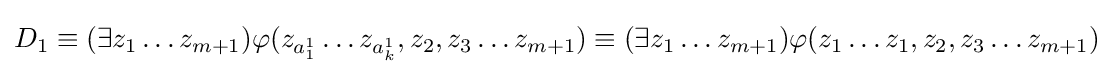
D_{1}\equiv (\exists z_{1}\ldots z_{m+1})\varphi (z_{a_{1}^{1}}\ldots z_{a_{k}^{1}},z_{2},z_{3}\ldots z_{m+1})\equiv (\exists z_{1}\ldots z_{m+1})\varphi (z_{1}\ldots z_{1},z_{2},z_{3}\ldots z_{m+1})